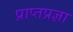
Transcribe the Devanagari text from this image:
प्राप्तप्रज्ञा